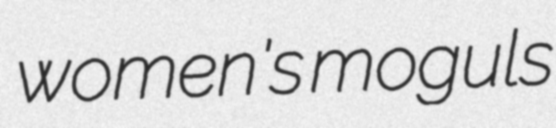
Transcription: women's moguls